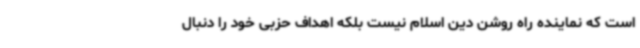
است که نماینده راه روشن دین اسلام نیست بلکه اهداف حزبی خود را دنبال